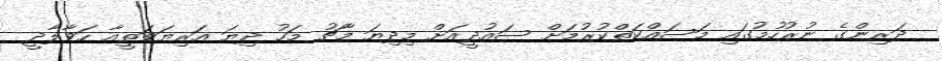
ދަރިންގެ ނުރުހުމުގައި މަސައްކަތްކުރުމަށް ސައުދީއަށް މިދިޔަ މާޗު މަހު ދިޔަ އަރިޔަވަތީއާ ހަވާލާދީ